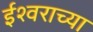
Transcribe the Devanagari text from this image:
ईश्‍वराच्या